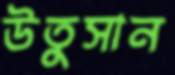
উতুসান